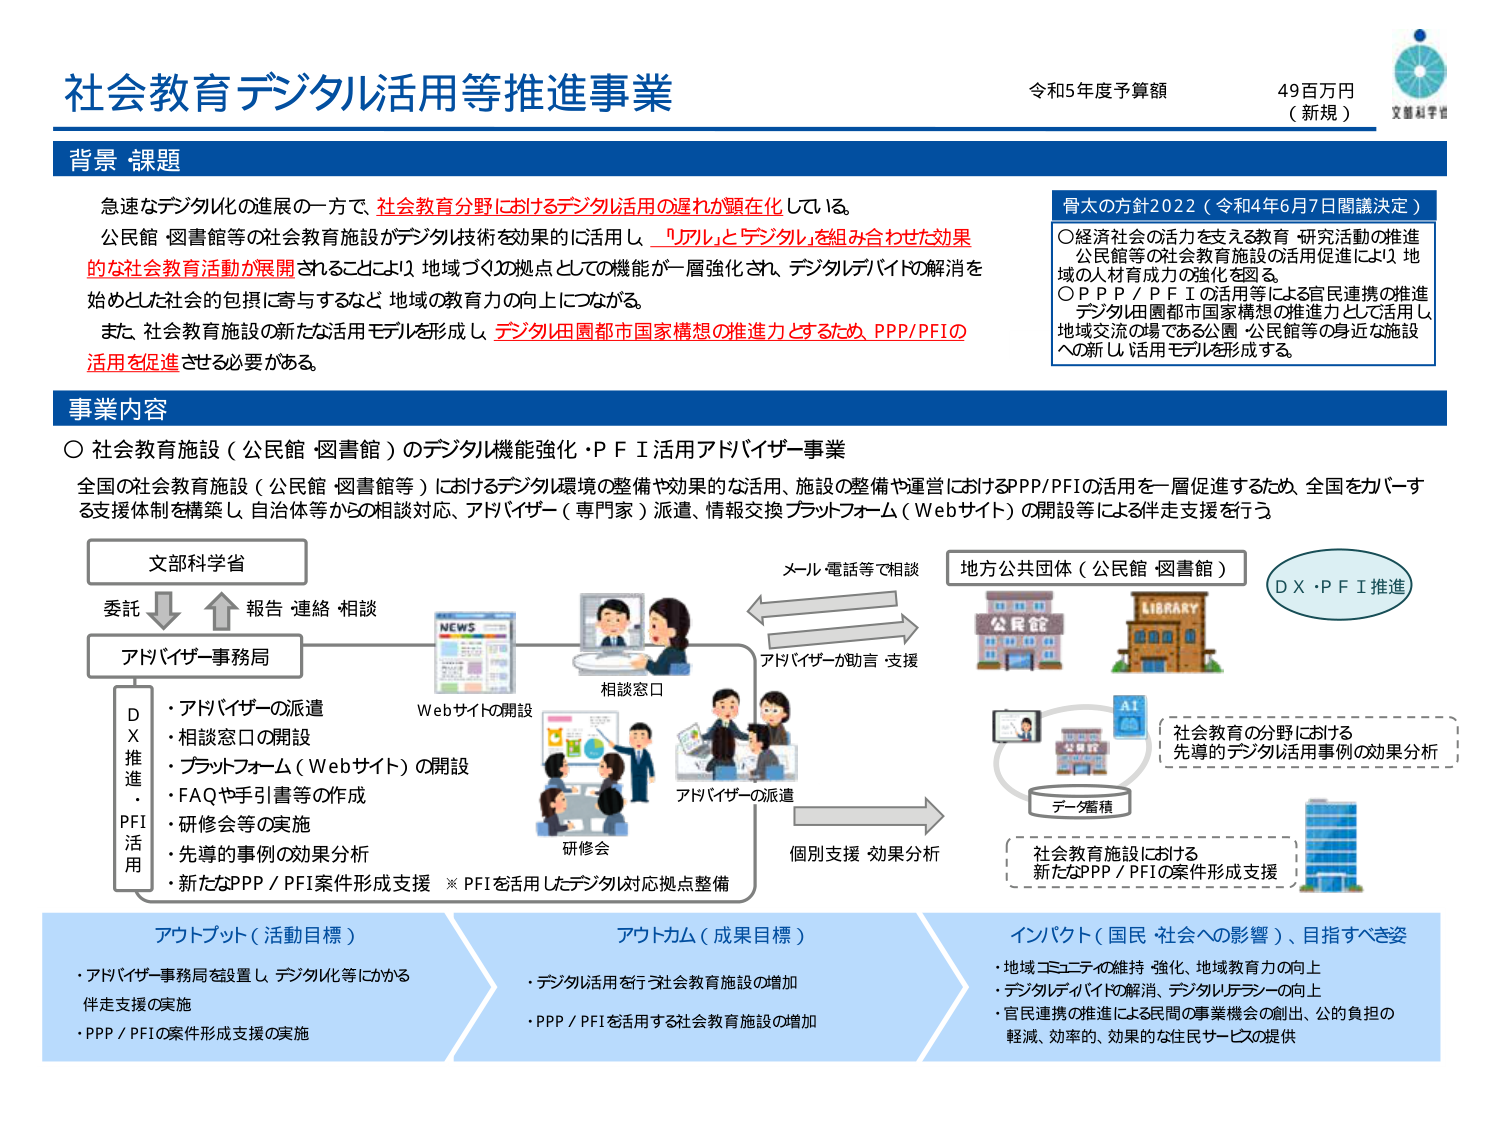
社会教育デジタル活用等推進事業
令和5年度予算額 49百万円（新規）
文部科学省

背景 課題
急速なデジタル化の進展の一方で、社会教育分野におけるデジタル活用の遅れが顕在化している。
公民館・図書館等の社会教育施設がデジタル技術を効果的に活用し、「リアルとデジタルを組み合わせた効果的な社会教育活動が展開」されることにより、地域づくりの拠点としての機能が一層強化され、デジタルデバイドの解消を始めとした社会的包摂に寄与するなど、地域の教育力の向上につながる。
また、社会教育施設の新たな活用モデルを形成し、デジタル田園都市国家構想の推進力とするため、PPP/PFIの活用を促進させる必要がある。

骨太の方針2022（令和4年6月7日閣議決定）
○経済社会の活力を支える教育・研究活動の推進
公民館等の社会教育施設の活用促進により、地域の人材育成力の強化を図る。
○PPP／PFIの活用等による官民連携の推進
デジタル田園都市国家構想の推進力として活用し、地域交流の場である公園・公民館等の身近な施設への新しい活用モデルを形成する。

事業内容
○社会教育施設（公民館・図書館）のデジタル機能強化・PFI活用アドバイザー事業
全国の社会教育施設（公民館・図書館等）におけるデジタル環境の整備や効果的な活用、施設の整備や運営におけるPPP/PFIの活用を一層促進するため、全国をカバーする支援体制を構築し、自治体等からの相談対応、アドバイザー（専門家）派遣、情報交換プラットフォーム（Webサイト）の開設等には伴走支援を行う。

文部科学省
委託 ⇩ ⇧ 報告 連絡 相談
アドバイザー事務局

D X 推進・PFI活用
・アドバイザーの派遣
・相談窓口の開設
・プラットフォーム（Webサイト）の開設
・FAQや手引書等の作成
・研修会等の実施
・先導的事例の効果分析
・新たなPPP／PFI案件形成支援
※PFIを活用したデジタル対応拠点整備

Webサイトの開設
相談窓口
アドバイザーの派遣
研修会
メール・電話等で相談
アドバイザーが助言・支援
個別支援 効果分析

地方公共団体（公民館・図書館）
DX・PFI推進
データ蓄積
社会教育の分野における先導的デジタル活用事例の効果分析
社会教育施設における新たなPPP／PFIの案件形成支援

アウトプット（活動目標）
・アドバイザー事務局を設置し、デジタル化等にかかる伴走支援の実施
・PPP／PFIの案件形成支援の実施

アウトカム（成果目標）
・デジタル活用を行う社会教育施設の増加
・PPP／PFIを活用する社会教育施設の増加

インパクト（国民・社会への影響）、目指すべき姿
・地域コミュニティの維持・強化、地域教育力の向上
・デジタルデバイドの解消、デジタルリテラシーの向上
・官民連携の推進による民間の事業機会の創出、公的負担の軽減、効率的、効果的な住民サービスの提供